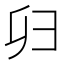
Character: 𢑏